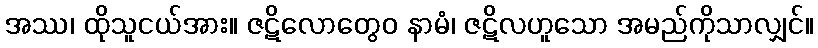
အဿ၊ ထိုသူငယ်အား။ ဇဋိလောတွေဝ နာမံ၊ ဇဋိလဟူသော အမည်ကိုသာလျှင်။